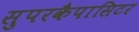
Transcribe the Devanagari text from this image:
सुपरकैपासिटर